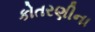
કોતરણીના